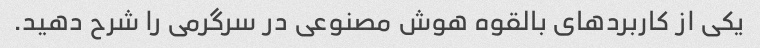
یکی از کاربردهای بالقوه هوش مصنوعی در سرگرمی را شرح دهید.